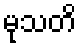
မုသတိ